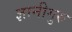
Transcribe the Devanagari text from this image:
ज्ञानीगुरु